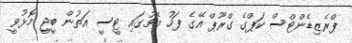
ޕްރެޒިޑެންޓްސް ކަޕްގެ ގްރޫޕް އޭގެ ފަހު މެޗުގައި ޓީސީ އަތުން ބީޖީ މޮޅުވީ